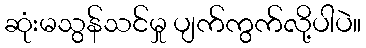
ဆုံးမသွန်သင်မှု ပျက်ကွက်လို့ပါပဲ။